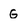
Character: G